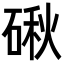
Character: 𥔍